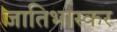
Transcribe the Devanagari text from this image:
जातिभास्कर